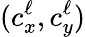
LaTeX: (c_{x}^{\ell},c_{y}^{\ell})